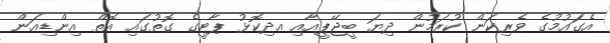
އެގައުމުގެ ވެރިކަން ކުރަމުން ދިޔަ ބީޖޭޕީއާއި އދިކޮޅު ޕާޓީގެ ގޮތުގައި އޮތް އިންޑިއަން